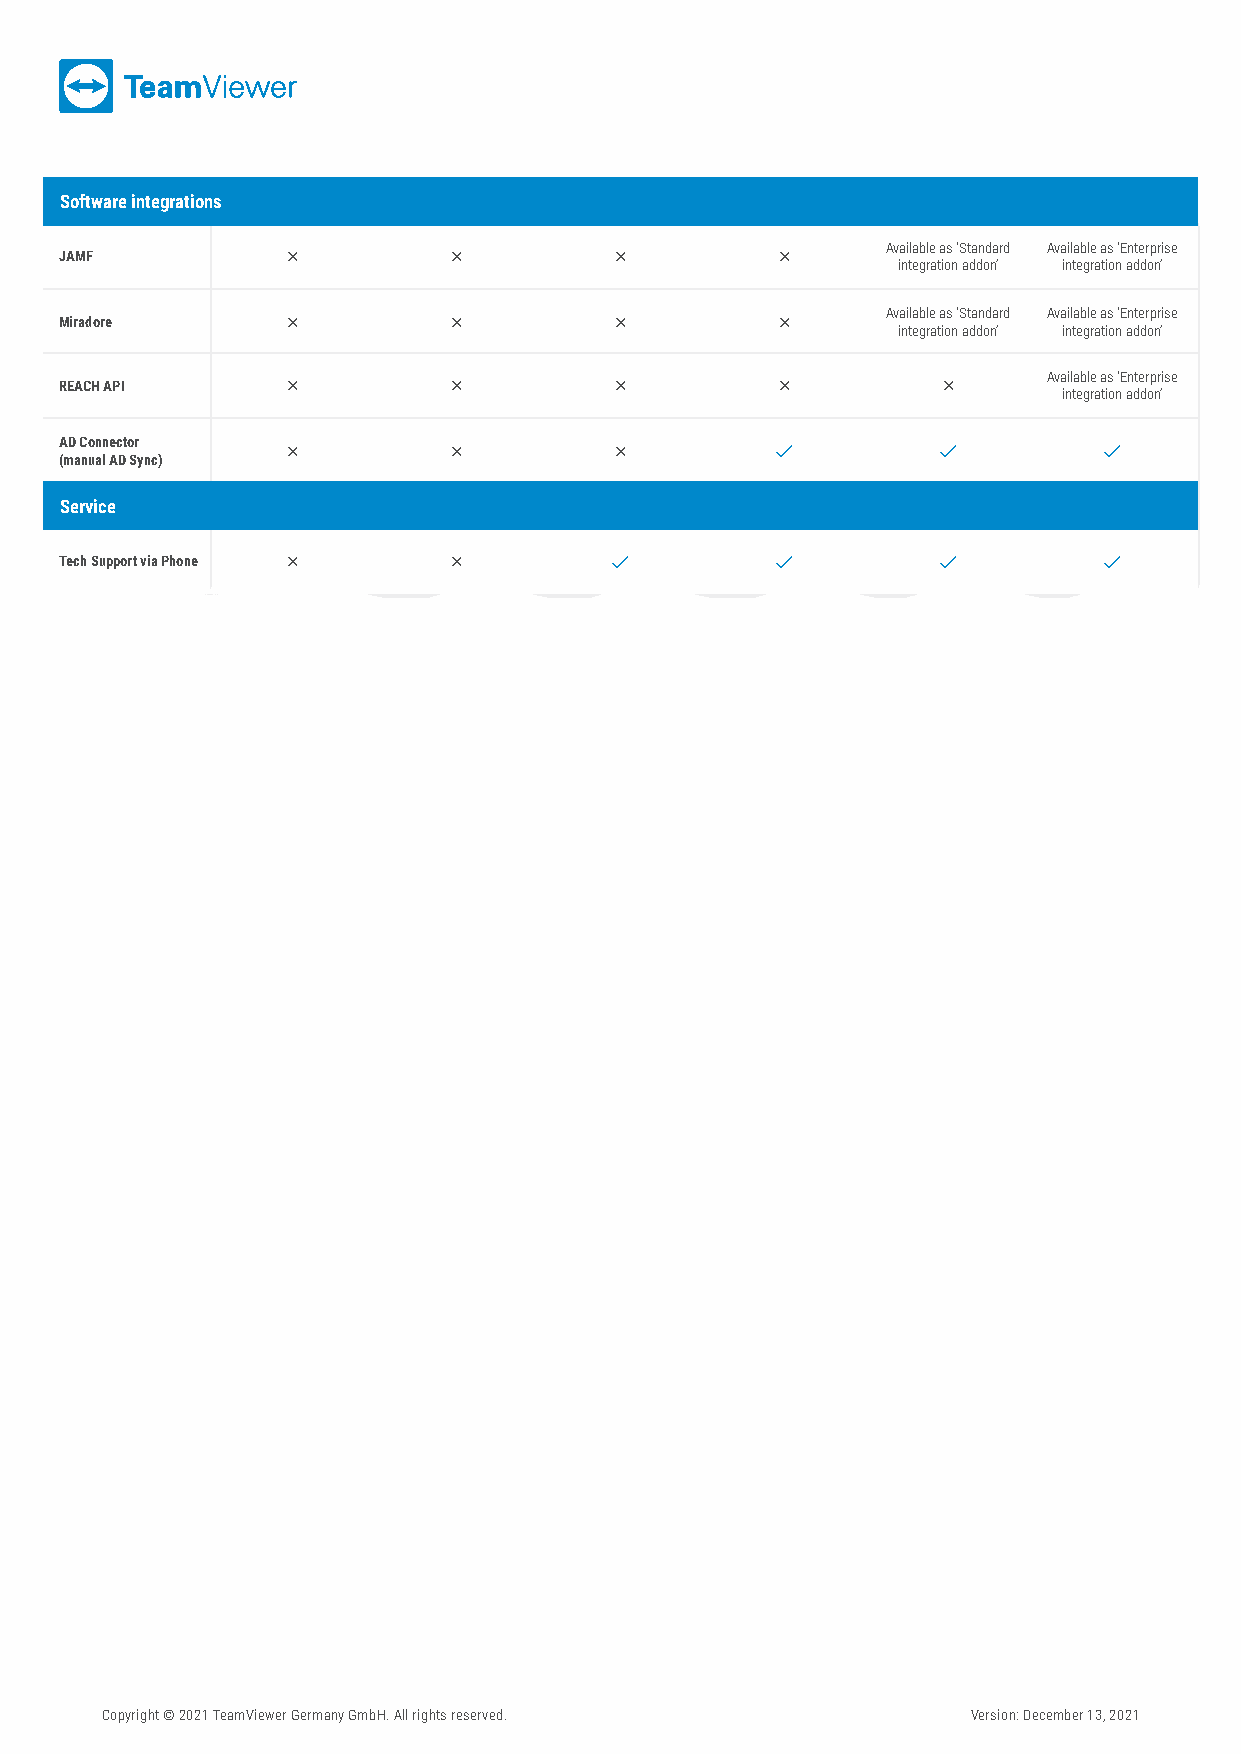
Software integrations
 Available as ‘Standard Available as ‘Enterprise
 JAMF                                         
 integration addon’ integration addon’
 Available as ‘Standard Available as ‘Enterprise
 Miradore                                     
 integration addon’ integration addon’
 Available as ‘Enterprise
 REACH API                                             
 integration addon’
 AD Connector
                                                  
 (manual AD Sync)
 Service
 Tech Support via Phone                                          
 Copyright © 2021 TeamViewer Germany GmbH. All rights reserved. Version: December 13, 2021